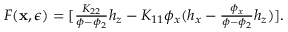
\begin{array} { r } { F ( \mathbf { x } , \epsilon ) = [ \frac { K _ { 2 2 } } { \phi - \phi _ { 2 } } h _ { z } - K _ { 1 1 } \phi _ { x } ( h _ { x } - \frac { \phi _ { x } } { \phi - \phi _ { 2 } } h _ { z } ) ] . } \end{array}